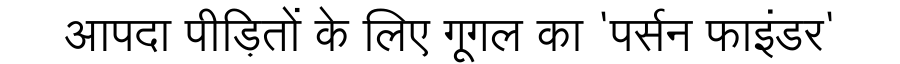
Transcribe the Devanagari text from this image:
आपदा पीड़ितों के लिए गूगल का 'पर्सन फाइंडर'